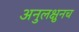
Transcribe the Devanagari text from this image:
अनुलक्षुनच